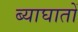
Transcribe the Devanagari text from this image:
ब्याघातों